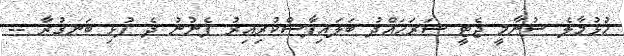
ހުޅުމާލެ ސުނާމީ ޖެޓީ ސަރަޙައްދު ބަލައިފާސްކުރިއިރު ފެނުނު ދެ ފުޅި ބަނގުރާ --